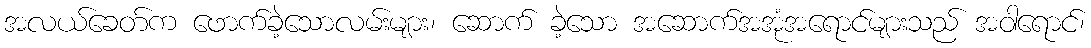
အလယ်ခေတ်က ဖောက်ခဲ့သောလမ်းများ၊ ဆောက် ခဲ့သော အဆောက်အအုံအရောင်များသည် အဝါရောင်၊